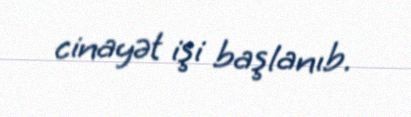
cinayət işi başlanıb.